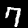
Digit: 7